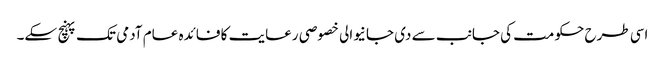
اسی طرح حکومت کی جانب سے دی جانیوالی خصوصی رعایت کا فائدہ عام آدمی تک پہنچ سکے۔